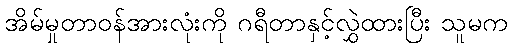
အိမ်မှုတာဝန်အားလုံးကို ဂရီတာနှင့်လွှဲထားပြီး သူမက